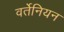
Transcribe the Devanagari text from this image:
वर्तेनियन